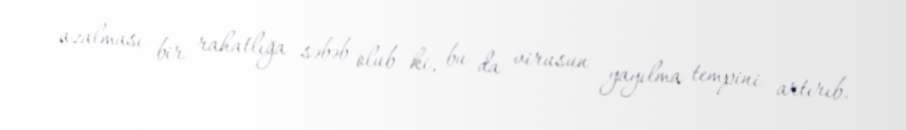
azalması bir rahatlığa səbəb olub ki, bu da virusun yayılma tempini artırıb.